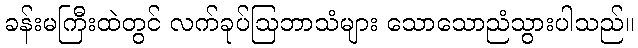
ခန်းမကြီးထဲတွင် လက်ခုပ်ဩဘာသံများ သောသောညံသွားပါသည်။